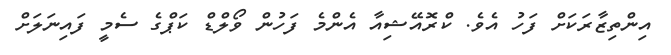
އިންތިޒާރަކަށް ފަހު އެވެ. ކްރޮއޭޝިއާ އެންމެ ފަހުން ވޯލްޑް ކަޕްގެ ސެމީ ފައިނަަލަށް